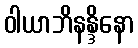
ဝါယာဘိနန္ဒိနော